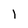
Character: 1